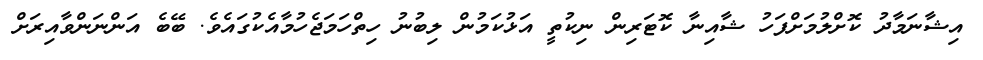
އިޝާނަމާދު ކޮށްލުމަށްފަހު ޝާއިނާ ކޮޓަރިން ނިކުތީ އަޅުކަމުން ލިބުނު ހިތްހަމަޖެހުމާއެކުގައެވެ. ބޭބެ އަންނަންވާއިރަށް